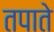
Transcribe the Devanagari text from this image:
तपाते